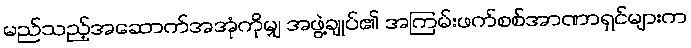
မည်သည့်အဆောက်အအုံကိုမျှ အဖွဲ့ချုပ်၏ အကြမ်းဖက်စစ်အာဏာရှင်များက